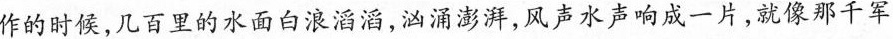
作的时候，几百里的水面白浪滔滔，汹涌澎湃，风声水声响成一片，就像那千军